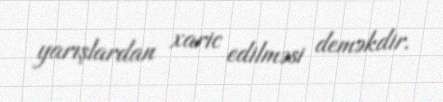
yarışlardan xaric edilməsi deməkdir.